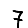
Digit: 7